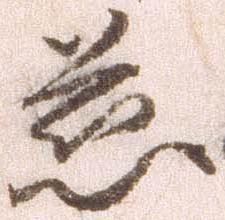
慈